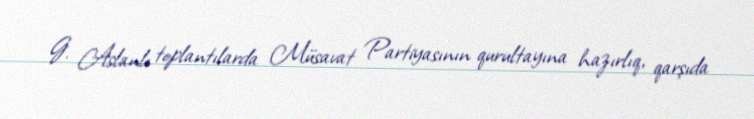
G. Aslanlı toplantılarda Müsavat Partiyasının qurultayına hazırlıq, qarşıda